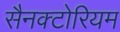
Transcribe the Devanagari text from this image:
सैनक्टोरियम